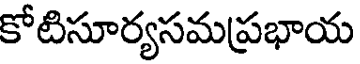
కోటిసూర్యసమప్రభాయ